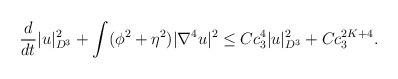
LaTeX: \begin{align*}&\frac{d}{dt}|u|^2_{D^3}+\int (\phi^2+\eta^2)| \nabla^4 u|^2\leq Cc^{4}_3 |u|^2_{D^3}+Cc^{2K+4}_3.\end{align*}